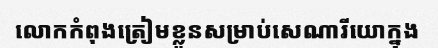
លោកកំពុងត្រៀមខ្លួនសម្រាប់សេណារីយោក្នុង